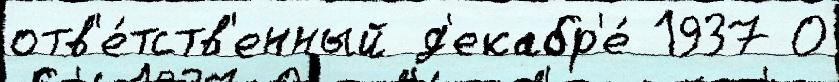
отв'е́тств'енный д'екабр'е́ 1937 О